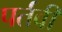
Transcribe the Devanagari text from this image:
पर्तवी